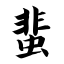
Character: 蜚